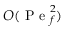
O ( \mathrm { ~ P ~ e ~ } _ { f } ^ { 2 } )